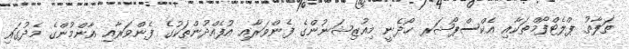
ތަފާތު ޕްލެޓްފޯމްތަކާއި އެކްސްޕޯޝަރ ހޯދެނީ މިއުޒިޝަނުންގެ ފެންވަރާއި އުފެއްދުންތަކުގެ ފެންވަރާއި އާންމުންގެ މެދުގައި